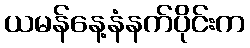
ယမန်နေ့နံနက်ပိုင်းက